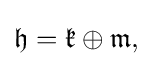
\displaystyle {{\mathfrak {h}}={\mathfrak {k}}\oplus {\mathfrak {m}},}